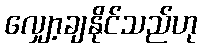
လျှော့ချနိုင်သည်ဟု